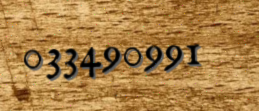
033490991